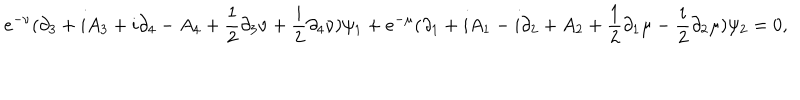
LaTeX: e ^ { - \nu } ( \partial _ { 3 } + i A _ { 3 } + i \partial _ { 4 } - A _ { 4 } + { \frac { 1 } { 2 } } \partial _ { 3 } \nu + { \frac { i } { 2 } } \partial _ { 4 } \nu ) \psi _ { 1 } + e ^ { - \mu } ( \partial _ { 1 } + i A _ { 1 } - i \partial _ { 2 } + A _ { 2 } + { \frac { 1 } { 2 } } \partial _ { 1 } \mu - { \frac { i } { 2 } } \partial _ { 2 } \mu ) \psi _ { 2 } = 0 ,